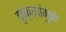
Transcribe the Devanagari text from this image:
दुष्कृत्यांमुळे